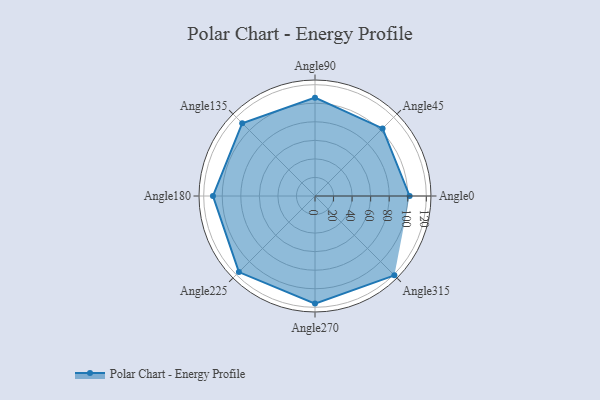
{"axis": {"x": "Angle", "y": "Radius"}, "legend": [""], "data": [{"x": "Angle0", "y": 102.0, "type": ""}, {"x": "Angle45", "y": 103.0, "type": ""}, {"x": "Angle90", "y": 106.0, "type": ""}, {"x": "Angle135", "y": 111.0, "type": ""}, {"x": "Angle180", "y": 110.0, "type": ""}, {"x": "Angle225", "y": 116.0, "type": ""}, {"x": "Angle270", "y": 116.0, "type": ""}, {"x": "Angle315", "y": 121.0, "type": ""}]}